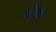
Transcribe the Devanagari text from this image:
ऑल्सो